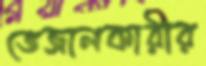
ভেজালকারীর